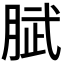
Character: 𭨹